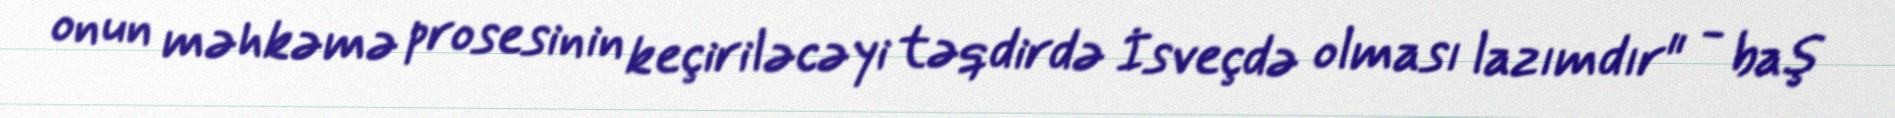
onun məhkəmə prosesinin keçiriləcəyi təqdirdə İsveçdə olması lazımdır" - baş